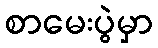
စာမေးပွဲမှာ